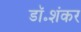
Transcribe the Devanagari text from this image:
डॉ॰शंकर